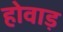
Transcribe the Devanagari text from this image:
होवाड़